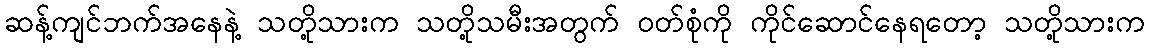
ဆန့်ကျင်ဘက်အနေနဲ့ သတို့သားက သတို့သမီးအတွက် ဝတ်စုံကို ကိုင်ဆောင်နေရတော့ သတို့သားက